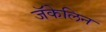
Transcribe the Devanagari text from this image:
जॅकेलिन